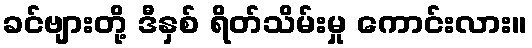
ခင်ဗျားတို့ ဒီနှစ် ရိတ်သိမ်းမှု ကောင်းလား။